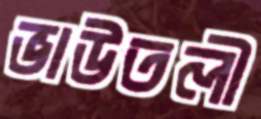
ভাউতলী